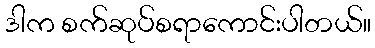
ဒါက စက်ဆုပ်စရာကောင်းပါတယ်။